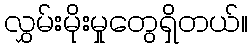
လွှမ်းမိုးမှုတွေရှိတယ်။